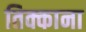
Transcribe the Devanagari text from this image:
तिक्काना